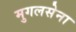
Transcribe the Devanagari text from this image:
मुगलसेना